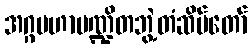
အဂ္ဂမဟာပဏ္ဍိတဘွဲ့တံဆိပ်တော်